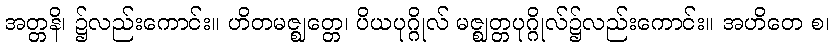
အတ္တနိ၊ ၌လည်းကောင်း။ ဟိတမဇ္ဈတ္တေ၊ ပိယပုဂ္ဂိုလ် မဇ္ဈတ္တပုဂ္ဂိုလ်၌လည်းကောင်း။ အဟိတေ စ၊